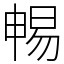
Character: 𣈱